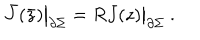
\bar { J } ( \bar { z } ) \bigr | _ { \partial \Sigma } = R J ( z ) \bigr | _ { \partial \Sigma } ~ .